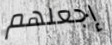
إجعلهم